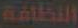
النظافة